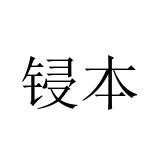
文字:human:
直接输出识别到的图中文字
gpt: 锓本